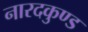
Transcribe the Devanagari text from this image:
नारदकुण्ड